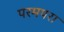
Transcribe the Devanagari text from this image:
परमपरा